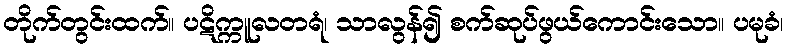
တိုက်တွင်းထက်။ ပဋိက္ကူလတရံ၊ သာလွန်၍ စက်ဆုပ်ဖွယ်ကောင်းသော။ ပမုခံ၊